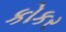
કોકર